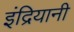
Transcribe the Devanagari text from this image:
इंद्रियानी